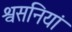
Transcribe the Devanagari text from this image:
श्वसनियां